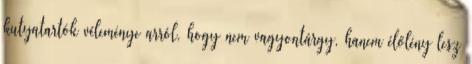
kutyatartók véleménye arról, hogy nem vagyontárgy, hanem élőlény lesz